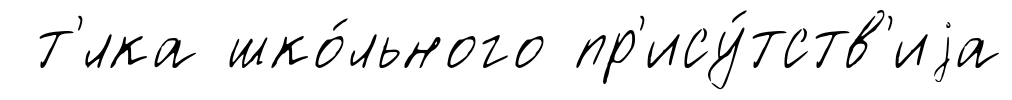
т'́лка шко́льного пр'ису́тств'иjа